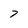
Character: 7